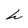
Character: h